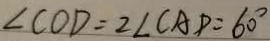
\angle C O D = 2 \angle C A D = 6 0 ^ { \circ }